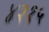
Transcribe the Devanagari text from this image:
४२१५